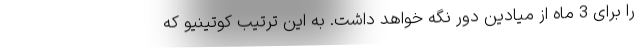
را برای 3 ماه از میادین دور نگه خواهد داشت. به این ترتیب کوتینیو که